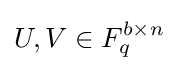
U,V\in F_{q}^{b\times n}